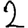
Digit: 2